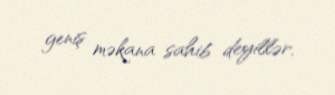
geniş məkana sahib deyillər.